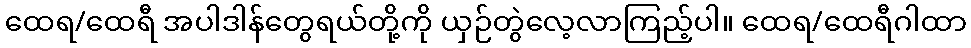
ထေရ/ထေရီ အပါဒါန်တွေရယ်တို့ကို ယှဉ်တွဲလေ့လာကြည့်ပါ။ ထေရ/ထေရီဂါထာ